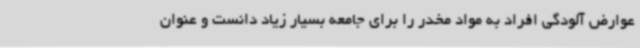
عوارض آلودگی افراد به مواد مخدر را برای جامعه بسیار زیاد دانست و عنوان